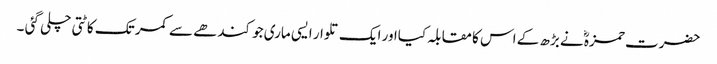
حضرت حمزہؓ نے بڑھ کے اس کا مقابلہ کیااور ایک تلوار ایسی ماری جو کندھے سے کمر تک کاٹتی چلی گئی ۔